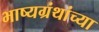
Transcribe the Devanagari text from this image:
भाष्यग्रंथांच्या